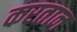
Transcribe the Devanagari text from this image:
करतान